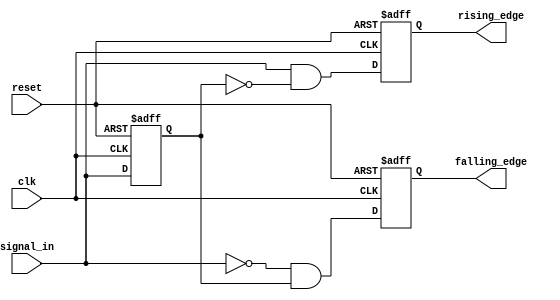
module dual_edge_detector (
    input wire clk,               // Clock input
    input wire reset,             // Asynchronous reset
    input wire signal_in,         // Input signal to detect edges
    output reg rising_edge,       // Rising edge output
    output reg falling_edge       // Falling edge output
);

    // Memory element to store the previous state of the input signal
    reg previous_state;

    // Asynchronous reset and edge detection process
    always @(posedge clk or posedge reset) begin
        if (reset) begin
            // Reset the memory and outputs to initial state
            previous_state <= 1'b0; // Initial state
            rising_edge <= 1'b0;
            falling_edge <= 1'b0;
        end else begin
            // Edge detection logic
            rising_edge <= (signal_in && !previous_state); // Rising edge detected
            falling_edge <= (!signal_in && previous_state); // Falling edge detected

            // Update the previous state at each clock cycle
            previous_state <= signal_in;
        end
    end

endmodule